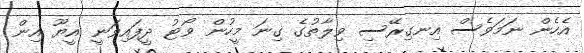
އެހެން ނަމަވެސް އިނގިރޭސި ވިލާތުގެ ގިނަ މީހުން ވޯޓު ދީފައިވަނީ އީޔޫ އިން